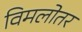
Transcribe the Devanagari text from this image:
विमलोतर